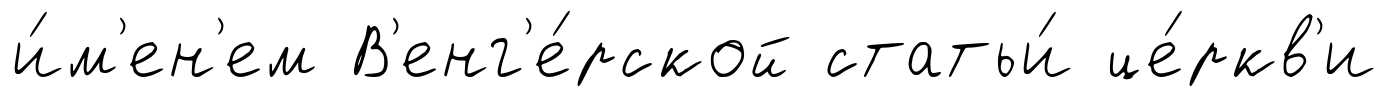
и́м'ен'ем В'енг'е́рской статьи́ це́ркв'и